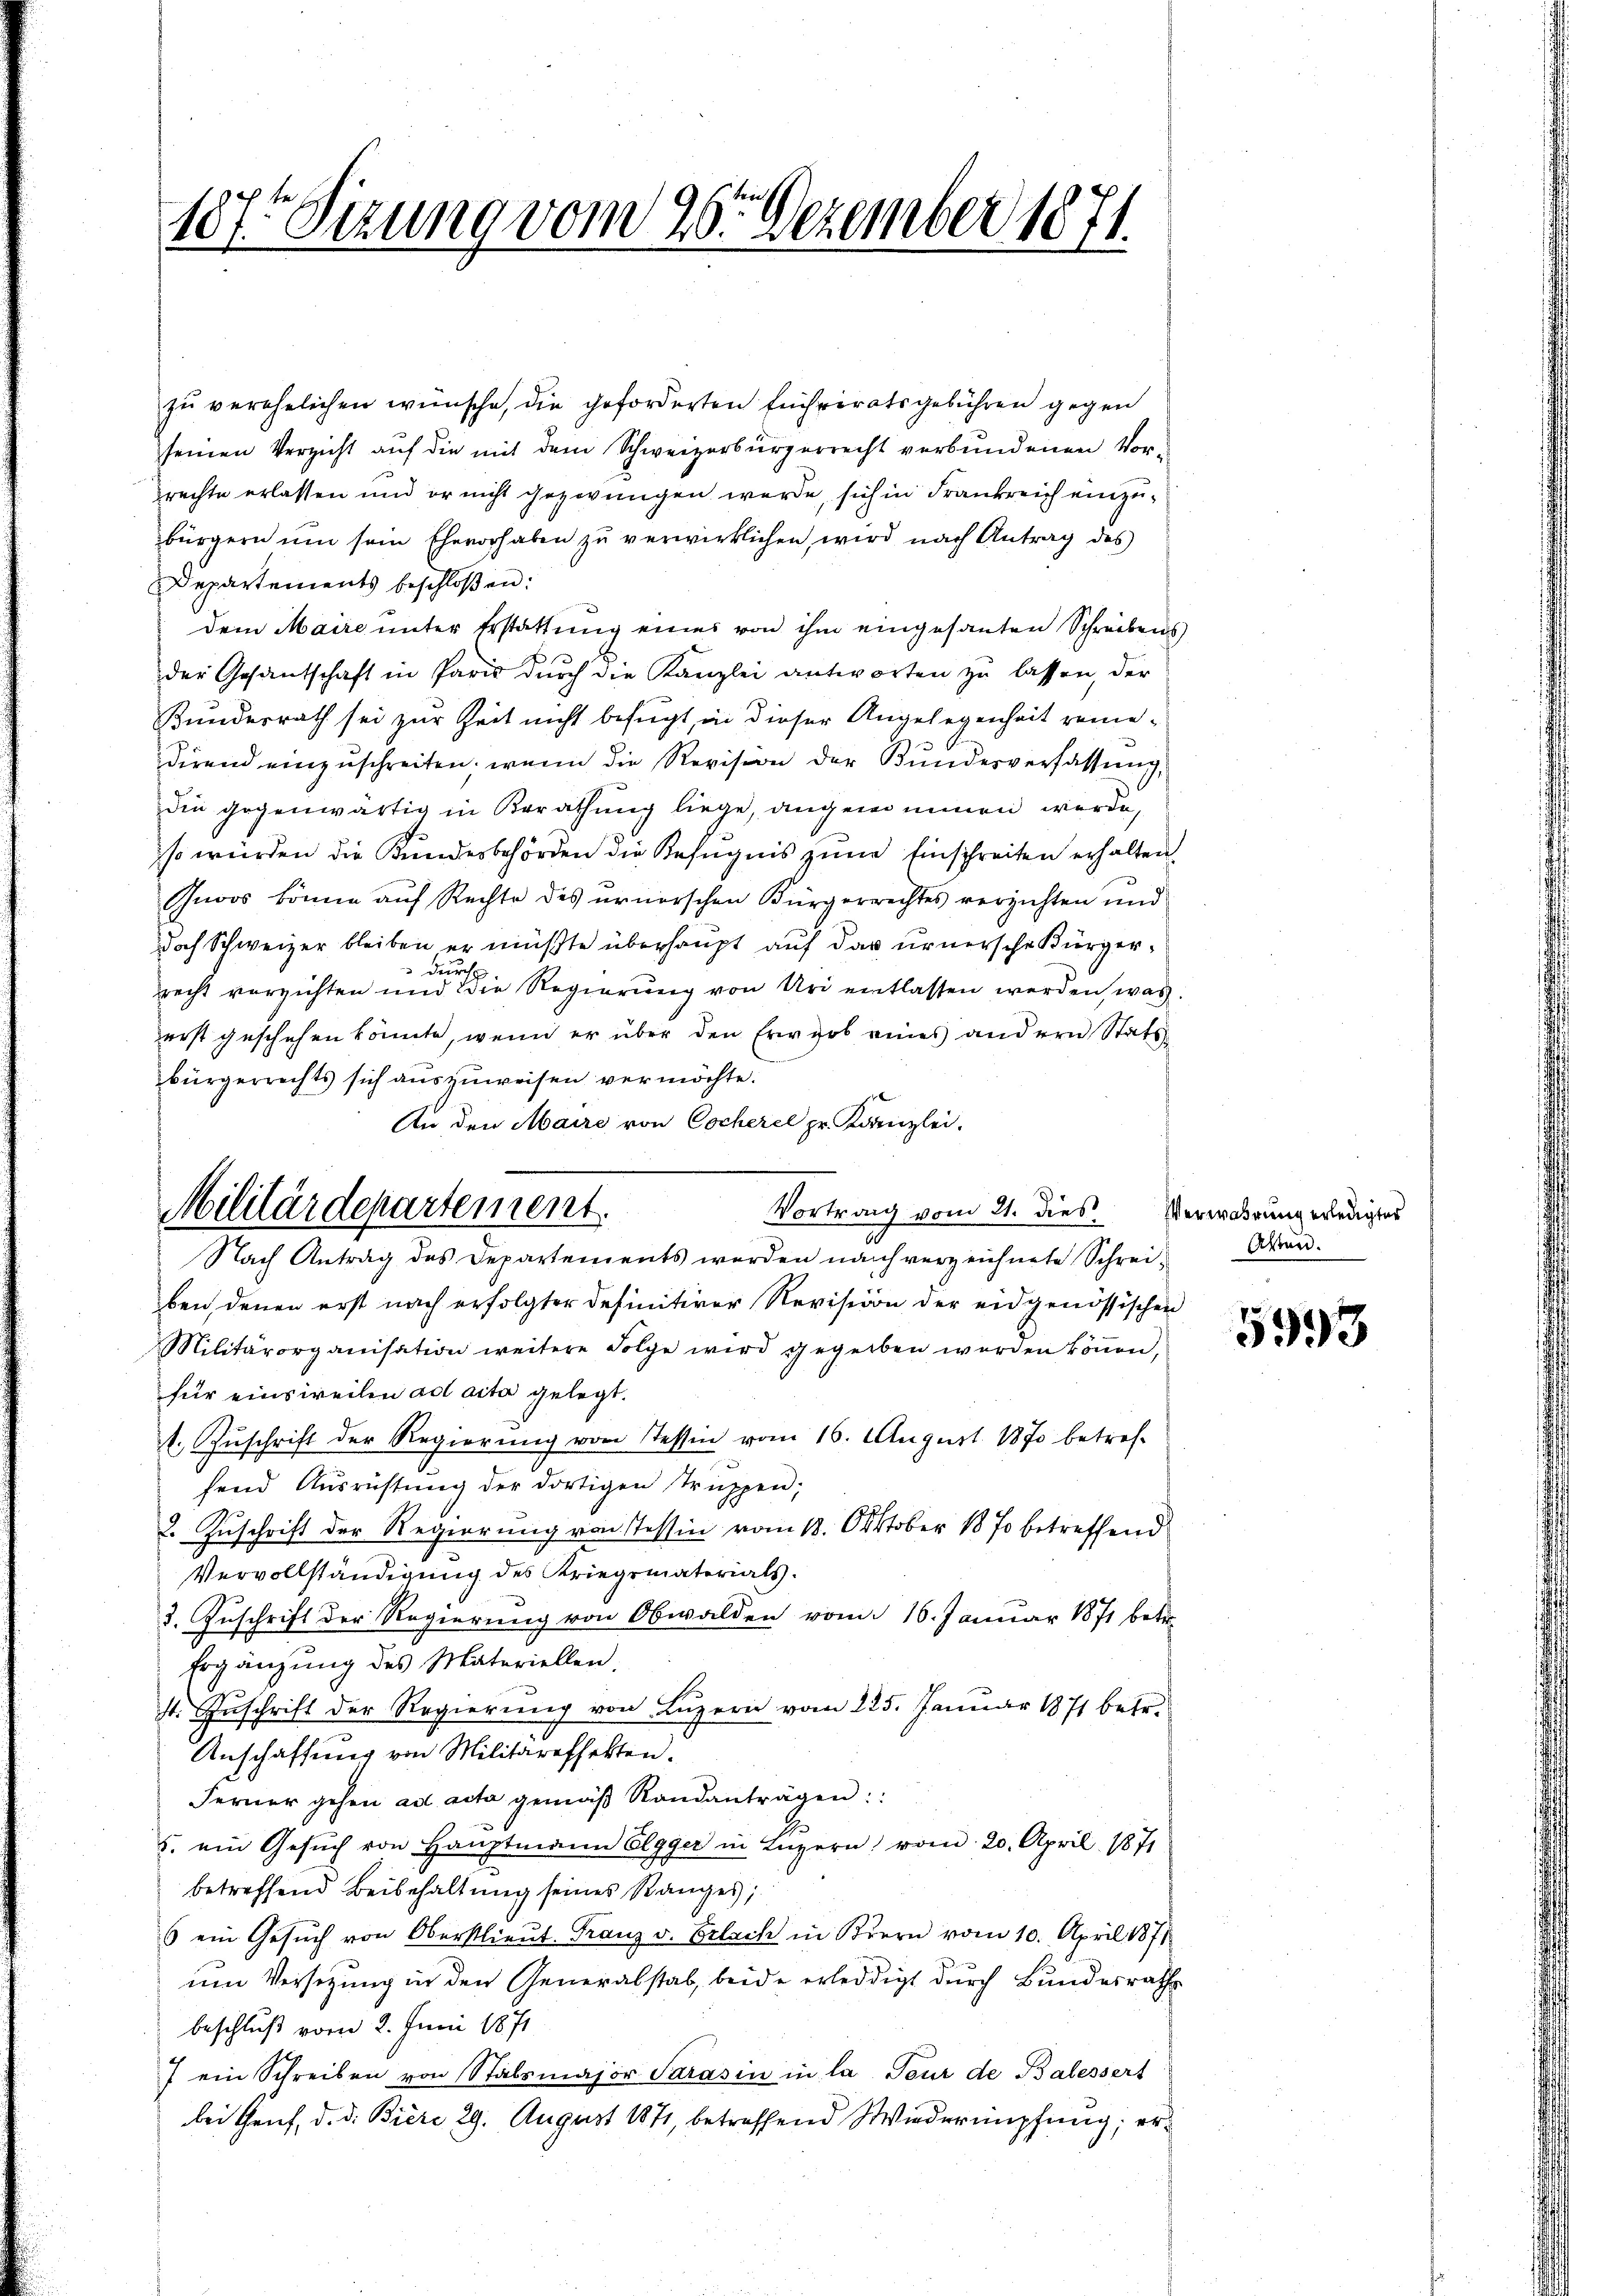
107t Sizung vom 26. Dezember 1871.

zu verehelichen wünsche, die geforderten Einheiratsgebühren gegen
seinen Verzicht auf die mit dem Schweizerbürgerrecht verbundenen Vor-
rechte erlassen und er nicht gezwungen werde, sich in Frankreich einzubürgern ŭm sein Ehevorhaben zŭ verwirklichen wird nach Antrag des
Departements beschloßen:
dem Maire unter Erstattung eines von ihm eingesanten Schreibens,
der Gesantschaft in Paris dŭrch die Kanzlei antworten zŭ lassen, der
Bundesrath sei zur Zeit nicht befugt, in dieser Angelegenheit remedirend einzuschreiten, wenn die Revision der Bundesverfassung,
die gegenwärtig in Berathung liege, angenommen werde,
iso würden die Kundesbehörden die Befugnis zŭm Einschreiten erhalten.
Gnoos könne auf Rechte des ernerschen Bürgerrechtes verzichten und
doch Schweizer bleiben er müßte überhaupt auf das urnersche Bürgerdeur
recht verzichten und die Regierung von Uri entlassen werden, was
erst geschehen könnte, wenn er über den Erwart eines andern Stattbürgerrechts sich auszuweisen vermöchte.
An den Maire von Cocherel pr. Kanzlei,
Vortrag vom 21. dies
ben, denen erst nach erfolgter definitiver Revision der eidgenössischen
Militärorganisation weitere Folge wird gegeben werden köṅen,
für einsweilen ad acta gelegt.
1. Zuschrift der Regierung von Tessen vom 16. August 1870 betref-
fend Ausrüstung der dortigen Truppen;
2. Zuschrift der Regierung von Tessin vom 18. Oktober 1870 betreffend
Vervollständigung des Kriegsmaterials.
3. Zuschrift der Regierung von Obwalden vom 16. Januar 1871 betre
Ergänzung des Materiellen
st. Zuschrift der Regierung von Luzern vom 225. Januar 1871 betr.
Anschaffung von Militareffekten.
Ferner gehen ad acta gemäβ Sandanträgen:
5. ein Gesŭch von Hauptmann Elgger in Luzern, vom 20. April 1871
betreffend Beibehaltung seines Ranges;
6 ein Gesŭch von Oberstlieŭt. Franz v. Erlach in Krern vom 10. April 1871
um Versetzung in den Generalstab, beide erledigt durch Bundesrath
beschluß vom 2. Juni 1871
7 ein Schreiben von Stabsmajor Sarasin in la Tour de Balessert
bei Gruf, d. d. Biere 29. August 1871, betreffend Wiederumpfung; er¬

Militärdepartement.
Nach Antrag des Departements werden nach verzeichnete Schrei¬

Verwahrung erledigter
Ahren.

5993